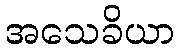
အသေခိယာ